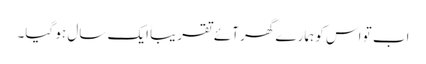
اب تو اس کو ہمارے گھر آئے تقریباً ایک سال ہو گیا۔